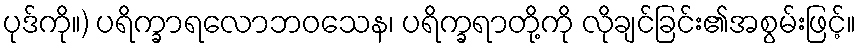
ပုဒ်ကို။) ပရိက္ခာရလောဘဝသေန၊ ပရိက္ခရာတို့ကို လိုချင်ခြင်း၏အစွမ်းဖြင့်။